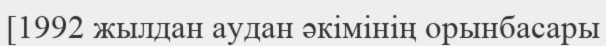
[1992 жылдан аудан әкімінің орынбасары